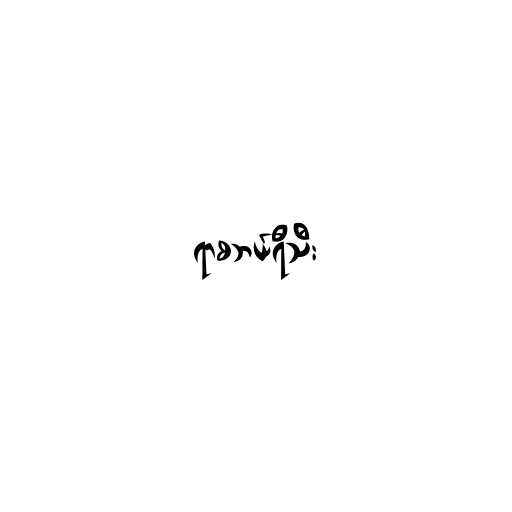
ရာစဘယ်ရီသီး